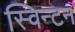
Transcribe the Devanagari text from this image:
स्विन्टन